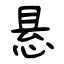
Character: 悬